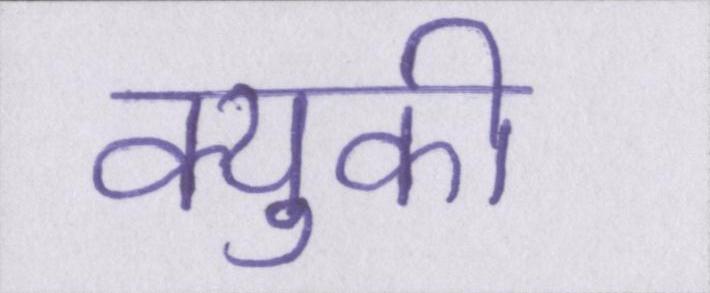
क्युकी